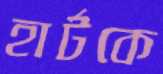
হার্টকে